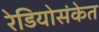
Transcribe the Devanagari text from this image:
रेडियोसंकेत